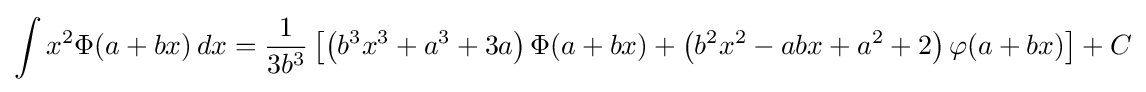
\int x^{2}\Phi (a+bx)\,dx={\frac {1}{3b^{3}}}\left[\left(b^{3}x^{3}+a^{3}+3a\right)\Phi (a+bx)+\left(b^{2}x^{2}-abx+a^{2}+2\right)\varphi (a+bx)\right]+C